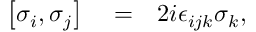
\begin{array} { r l r } { \left[ \sigma _ { i } , \sigma _ { j } \right] } & { { } = } & { 2 i \epsilon _ { i j k } \sigma _ { k } , } \end{array}